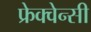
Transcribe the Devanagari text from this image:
फ्रेक्वेन्सी